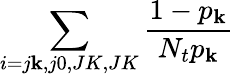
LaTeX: \sum_{i=j\mathbf{k},j0,JK,JK}{\frac{{1-p_{\mathbf{k}}}}{{N_{t}p_{\mathbf{k}}}}}